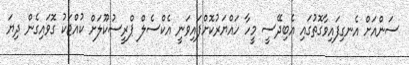
ސަންއަށް އެނގިފައިވާގޮތުގައި އެބިދޭސީ މީހާ ހައްޔަރުކޮށްފައިވަނީ އެކްސެލް ޕްރީސުކޫލަށް ކުއްޖަކު ގޮވައިގެން ދިޔަ